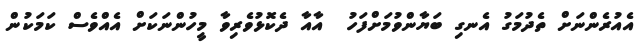
އެއުރެންނަށް ތެދުމަގު އެނގި ބަޔާންވުމަށްފަހު  އާއާ ދެކޮޅުވެރިވާ މީހުންނަކަށް އެއްވެސް ކަމަކުން